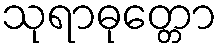
သုရာဓုတ္တော